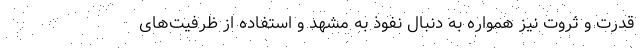
قدرت و ثروت نیز همواره به دنبال نفوذ به مشهد و استفاده از ظرفیت‌های